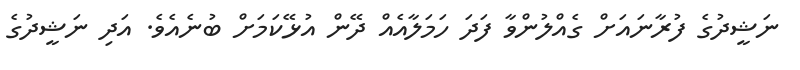
ނަޝީދުގެ ފުރާނައަށް ގެއްލުންވާ ފަދަ ހަމަލާއެއް ދޭން އުޅޭކަމަށް ބުނެއެވެ. އަދި ނަޝީދުގެ